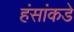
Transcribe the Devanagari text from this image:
हंसांकडे